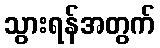
သွားရန်အတွက်